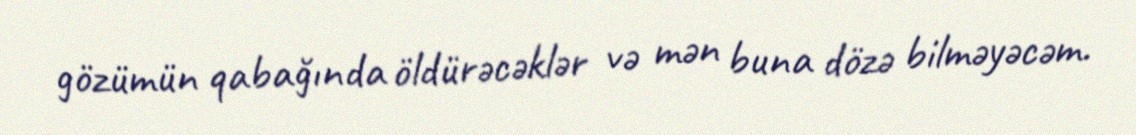
gözümün qabağında öldürəcəklər və mən buna dözə bilməyəcəm.